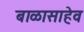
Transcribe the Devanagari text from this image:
बाळासाहेव